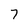
Character: 7